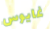
غايوس